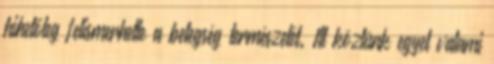
hihetőleg felismerhette a betegség természetét. Itt közlünk egyet valami